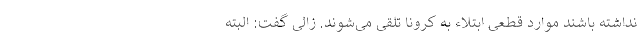
نداشته باشند موارد قطعی ابتلاء به کرونا تلقی می‌شوند. زالی گفت: البته